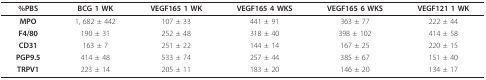
| %PBS | BCG 1 WK | VEGF165 1 WK | VEGF165 4 WKS | VEGF165 6 WKS | VEGF121 1 WK |
 | --- | --- | --- | --- | --- | --- |
 | MPO | 1, 682 ± 442 | 107 ± 33 | 441 ± 91 | 363 ± 77 | 222 ± 44 |
 | F4/80 | 190 ± 31 | 252 ± 48 | 318 ± 40 | 398 ± 102 | 414 ± 58 |
 | CD31 | 163 ± 7 | 251 ± 22 | 144 ± 14 | 167 ± 25 | 220 ± 15 |
 | PGP9.5 | 414 ± 48 | 533 ± 74 | 257 ± 44 | 385 ± 67 | 151 ± 40 |
 | TRPV1 | 223 ± 14 | 205 ± 11 | 183 ± 20 | 146 ± 20 | 134 ± 17 |